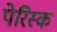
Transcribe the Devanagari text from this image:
पेरिस्क